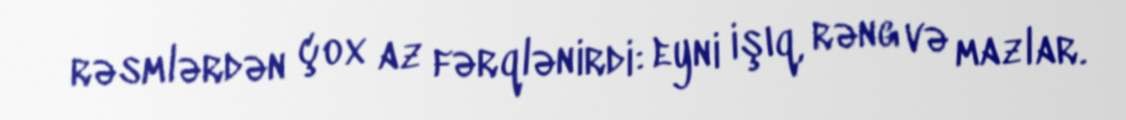
rəsmlərdən çox az fərqlənirdi: eyni işıq, rəng və mazlar.